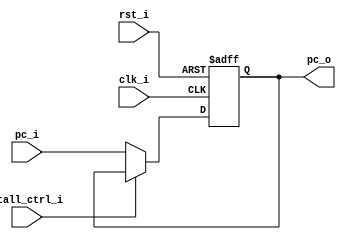
module PC (
    input [31:0] pc_i,  // The new value for PC if stall_ctrl_i is not asserted.
    input stall_ctrl_i,  // Stall or not.
    output [31:0] pc_o,  // The value of the PC.

    input rst_i,  // Reset or not.
    input clk_i  // Note: this module works at posedge.
);

reg [31:0] pc;


assign pc_o = pc;


always @ (posedge clk_i or posedge rst_i) begin
    if (rst_i) begin
        pc <= 32'b0;
    end else begin
        if (~stall_ctrl_i) begin
            pc <= pc_i;
        end
    end
end

endmodule